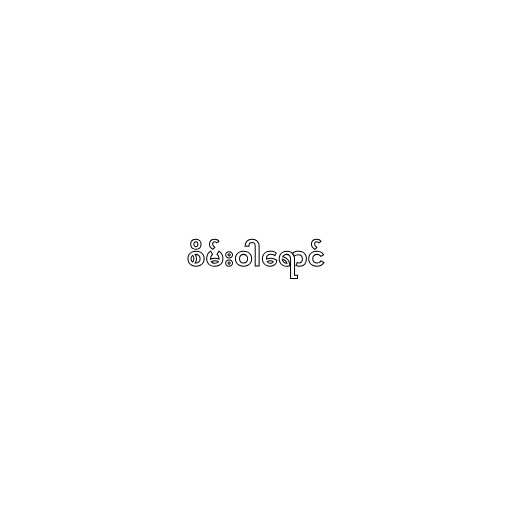
စိမ်းဝါရောင်